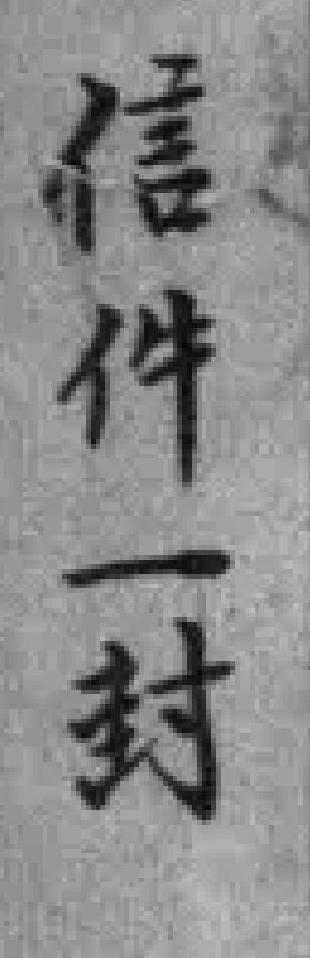
信件一封